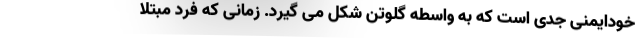
خودایمنی جدی است که به واسطه گلوتن شکل می گیرد. زمانی که فرد مبتلا